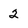
Character: 2